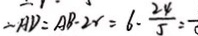
\therefore A D = A B - 2 r = 6 - \frac { 2 4 } { 5 } =